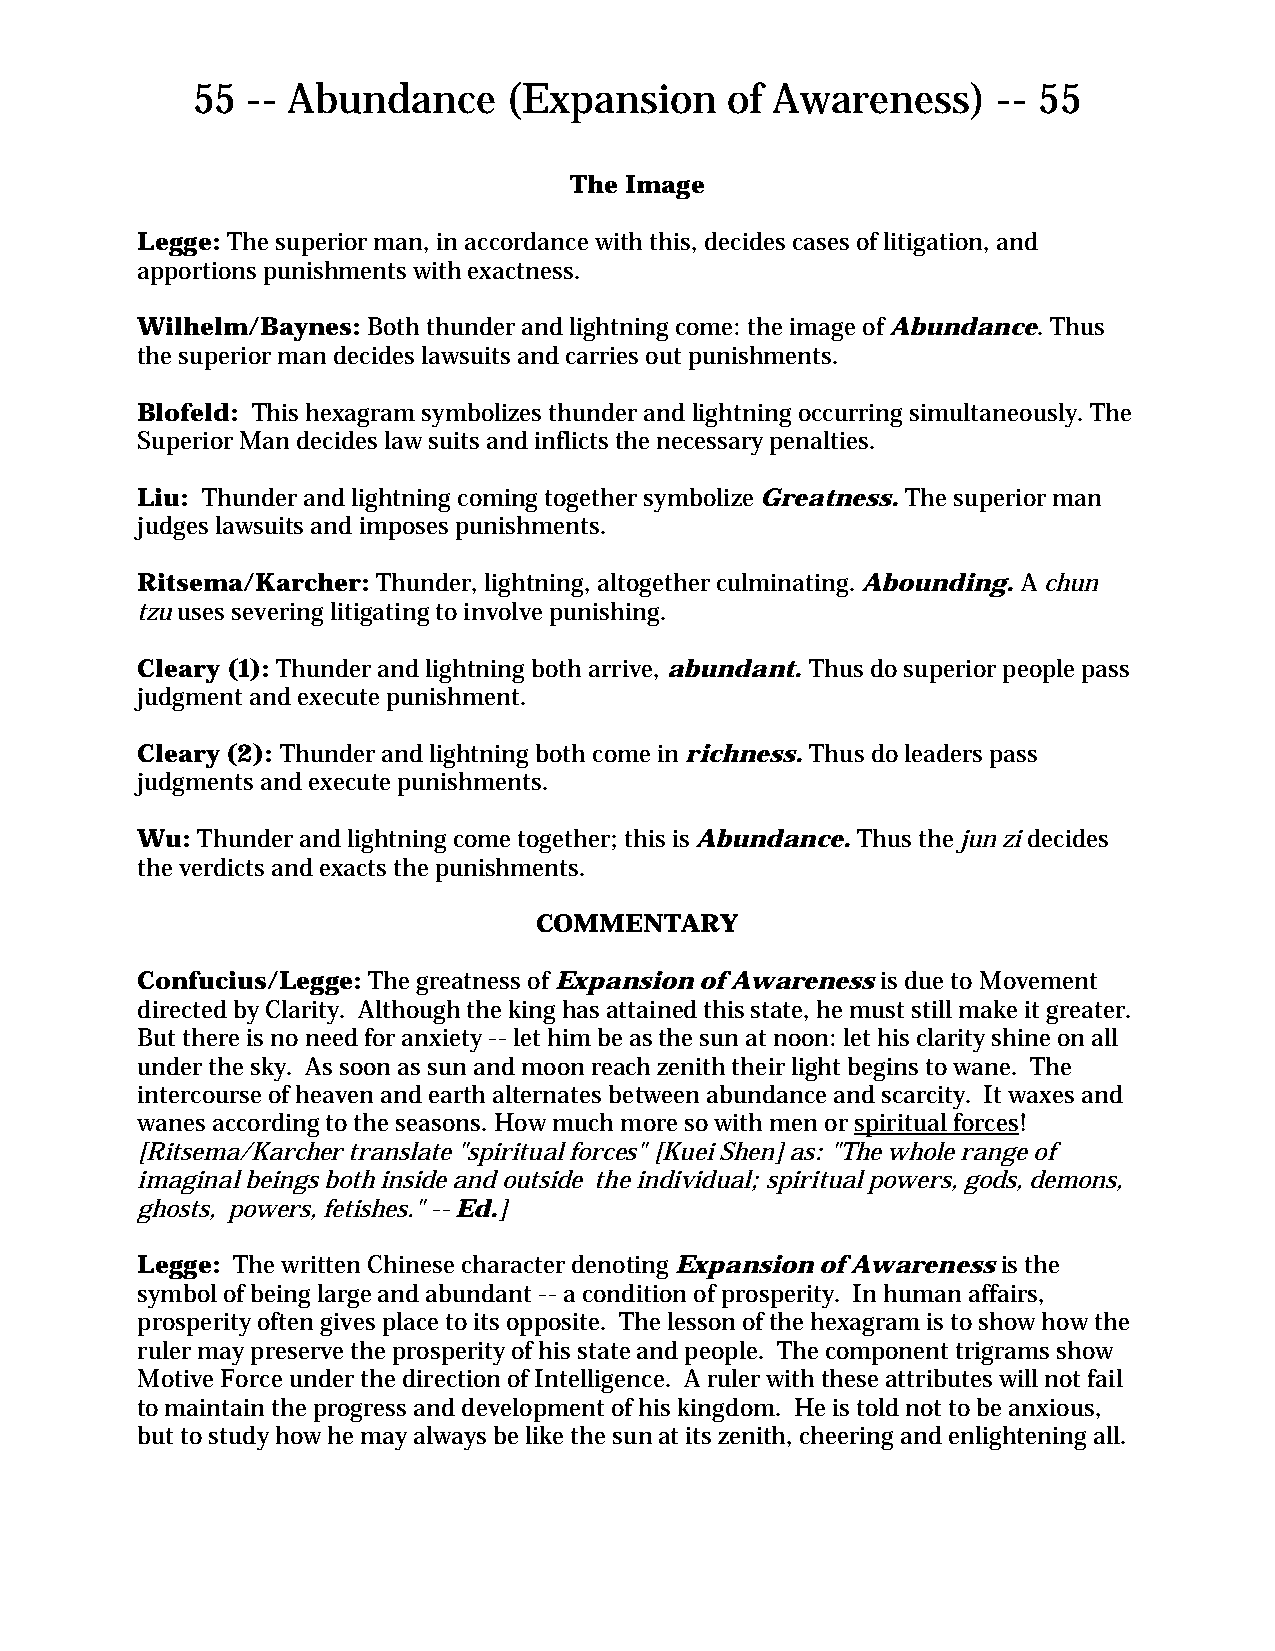
55 -- Abundance      (Expansion    of Awareness)     -- 55
 The Image
 Legge: The superior man, in accordance with this, decides cases of litigation, and
 apportions punishments with exactness.
 Wilhelm/Baynes: Both thunder and lightning come: the image of Abundance. Thus
 the superior man decides lawsuits and carries out punishments.
 Blofeld: This hexagram symbolizes thunder and lightning occurring simultaneously. The
 Superior Man decides law suits and inflicts the necessary penalties.
 Liu: Thunder and lightning coming together symbolize Greatness. The superior man
 judges lawsuits and imposes punishments.
 Ritsema/Karcher: Thunder, lightning, altogether culminating. Abounding. A chun
 tzu uses severing litigating to involve punishing.
 Cleary (1): Thunder and lightning both arrive, abundant. Thus do superior people pass
 judgment and execute punishment.
 Cleary (2): Thunder and lightning both come in richness. Thus do leaders pass
 judgments and execute punishments.
 Wu: Thunder and lightning come together; this is Abundance. Thus the jun zi decides
 the verdicts and exacts the punishments.
 COMMENTARY
 Confucius/Legge: The greatness of Expansion of Awareness is due to Movement
 directed by Clarity. Although the king has attained this state, he must still make it greater.
 But there is no need for anxiety -- let him be as the sun at noon: let his clarity shine on all
 under the sky. As soon as sun and moon reach zenith their light begins to wane. The
 intercourse of heaven and earth alternates between abundance and scarcity. It waxes and
 wanes according to the seasons. How much more so with men or spiritual forces!
 [Ritsema/Karcher translate "spiritual forces" [Kuei Shen] as: "The whole range of
 imaginal beings both inside and outside the individual; spiritual powers, gods, demons,
 ghosts, powers, fetishes." -- Ed.]
 Legge: The written Chinese character denoting Expansion of Awareness is the
 symbol of being large and abundant -- a condition of prosperity. In human affairs,
 prosperity often gives place to its opposite. The lesson of the hexagram is to show how the
 ruler may preserve the prosperity of his state and people. The component trigrams show
 Motive Force under the direction of Intelligence. A ruler with these attributes will not fail
 to maintain the progress and development of his kingdom. He is told not to be anxious,
 but to study how he may always be like the sun at its zenith, cheering and enlightening all.